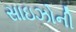
સાઇઝોની